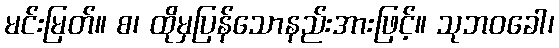
မင်းမြတ်။ စ၊ ထိုမှပြန်သောနည်းအားဖြင့်။ သုဘဝခေါ၊